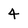
Character: 4